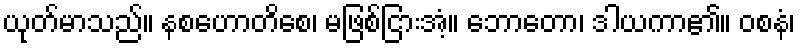
ယုတ်မာသည်။ နစဟောတိစေ၊ မဖြစ်ငြားအံ့။ ဘောတော၊ ဒါယကာ၏။ ဝစနံ၊